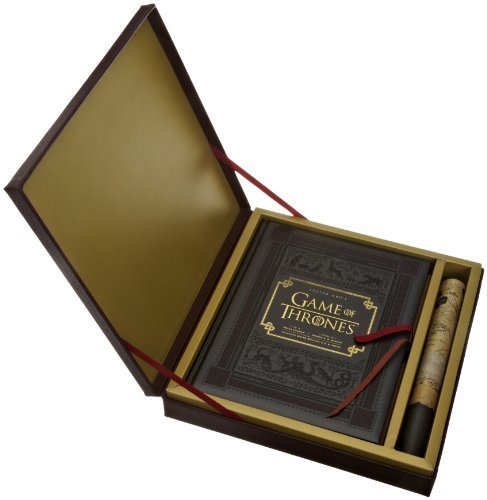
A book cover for Inside HBO's Game of Thrones: The Collector's Edition; Bryan Cogman; Humor & Entertainment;